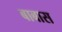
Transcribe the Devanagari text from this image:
बाबास